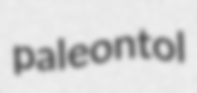
paleontol